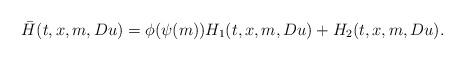
LaTeX: \begin{align*}\bar{H}(t,x,m,Du)=\phi(\psi(m))H_{1}(t,x,m,Du)+H_{2}(t,x,m,Du).\end{align*}